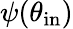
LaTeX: \psi(\theta_{\mathrm{in}})